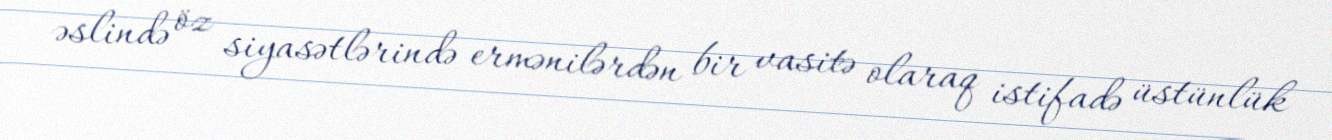
əslində öz siyasətlərində ermənilərdən bir vasitə olaraq istifadə üstünlük